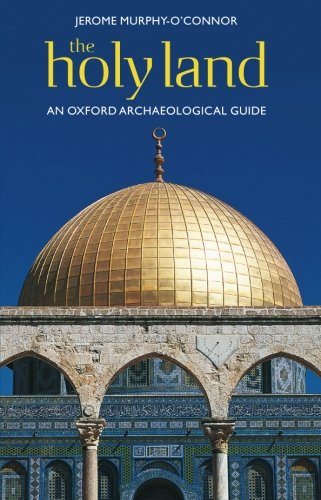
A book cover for The Holy Land: An Oxford Archaeological Guide (Oxford Archaeological Guides); Jerome Murphy-O'Connor; Science & Math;